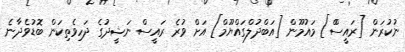
ނުކުރަން [ރައީސްް] މައުމޫން [އަބްދުލްގައްޔޫމް] އަށް ވުރެ ރައީސް ނަޝީދުގެ ދަހިވެތިކަން ބޮޑުވެދާނެ